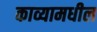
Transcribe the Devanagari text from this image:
काव्यामधील